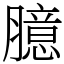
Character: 臆